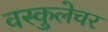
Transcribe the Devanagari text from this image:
वस्कुलेचर